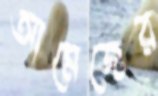
আমেজের